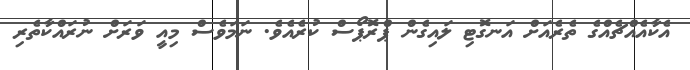
އެކާއެއްޗެއްގެ ތެރެއަށް އަނގޮޓި ލައިގެން ޕްރޮޕޯސް ކުރެއެވެ. ނަމަވެސް މިއީ ވަރަށް ނުރައްކާތެރި